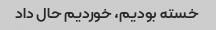
خسته بودیم، خوردیم حال داد